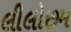
લીલોછમ